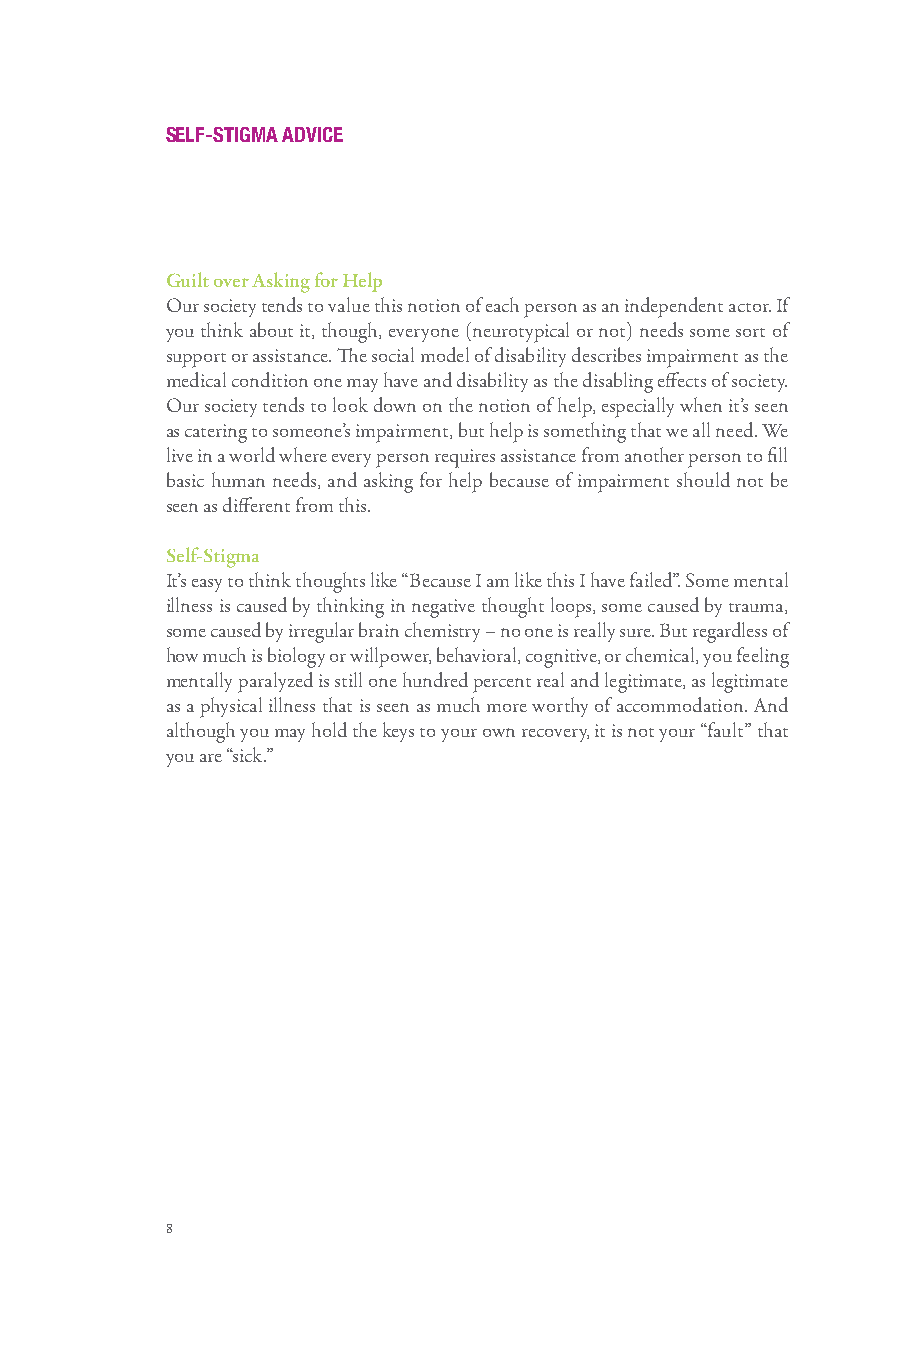
SELF-STIGMA ADVICE
 Guilt over Asking for Help
 Our society tends to value this notion of each person as an independent actor. If
 you think about it, though, everyone (neurotypical or not) needs some sort of
 support or assistance. The social model of disability describes impairment as the
 medical condition one may have and disability as the disabling effects of society.
 Our society tends to look down on the notion of help, especially when it’s seen
 as catering to someone’s impairment, but help is something that we all need. We
 live in a world where every person requires assistance from another person to fill
 basic human needs, and asking for help because of impairment should not be
 seen as different from this.
 Self-Stigma
 It’s easy to think thoughts like “Because I am like this I have failed”. Some mental
 illness is caused by thinking in negative thought loops, some caused by trauma,
 some caused by irregular brain chemistry – no one is really sure. But regardless of
 how much is biology or willpower, behavioral, cognitive, or chemical, you feeling
 mentally paralyzed is still one hundred percent real and legitimate, as legitimate
 as a physical illness that is seen as much more worthy of accommodation. And
 although you may hold the keys to your own recovery, it is not your “fault” that
 you are “sick.”
 8